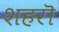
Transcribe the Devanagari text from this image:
शहरॊ